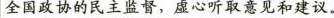
全国政协的民主监督，虚心听取意见和建议。